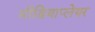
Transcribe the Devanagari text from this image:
मीडियाप्लेयर